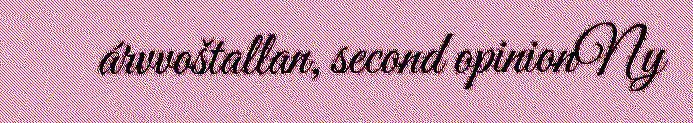
árvvoštallan, second opinionNy